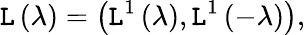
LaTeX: \mathtt{L}\left(\lambda\right)=\left(\mathtt{L}^{1}\left(\lambda\right),\mathtt{L}^{1}\left(-\lambda\right)\right),